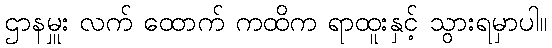
ဌာနမှူး လက် ထောက် ကထိက ရာထူးနှင့် သွားရမှာပါ။